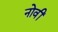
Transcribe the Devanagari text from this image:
नोवीं